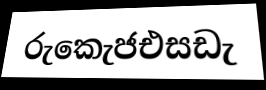
රුකෙැජඑසඩැ